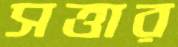
সত্তার